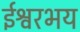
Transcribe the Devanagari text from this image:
ईश्वरभय